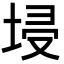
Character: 埐